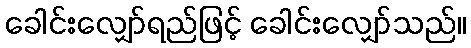
ခေါင်းလျှော်ရည်ဖြင့် ခေါင်းလျှော်သည်။